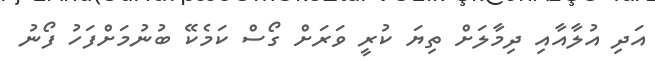
އަދި އުލާއާއި ދިމާލަށް ތިޔަ ކުރީ ވަރަށް ގޯސް ކަމެކޭ ބުނުމަށްފަހު ފޯނު